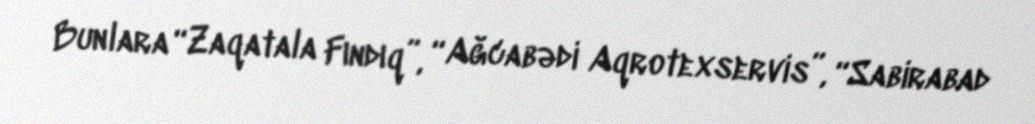
Bunlara “Zaqatala Fındıq”, “Ağcabədi Aqrotexservis”, “Sabirabad